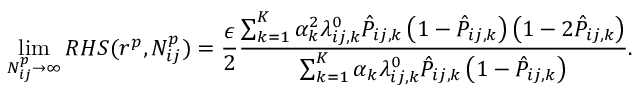
\operatorname* { l i m } _ { N _ { i j } ^ { p } \to \infty } R H S ( r ^ { p } , N _ { i j } ^ { p } ) = \frac { \epsilon } { 2 } \frac { \sum _ { k = 1 } ^ { K } \alpha _ { k } ^ { 2 } \lambda _ { i j , k } ^ { 0 } \hat { P } _ { i j , k } \left( 1 - \hat { P } _ { i j , k } \right) \left( 1 - 2 \hat { P } _ { i j , k } \right) } { \sum _ { k = 1 } ^ { K } \alpha _ { k } \lambda _ { i j , k } ^ { 0 } \hat { P } _ { i j , k } \left( 1 - \hat { P } _ { i j , k } \right) } .